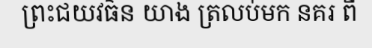
ព្រះជយវធ៌ន យាង ត្រលប់មក នគរ ពី